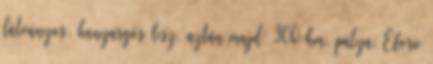
látványos, kanyargós lesz, aztán majd´ 300 km. pálya. Eforie